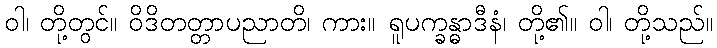
ဝါ၊ တို့တွင်။ ဝိဒိတတ္တာပညာတိ၊ ကား။ ရူပက္ခန္ဓာဒီနံ၊ တို့၏။ ဝါ၊ တို့သည်။